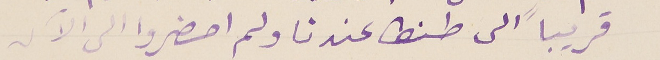
قريباً الى طنطا عندنا ولم احضروا الى الآن